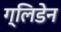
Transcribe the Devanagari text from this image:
ग्लिडेन